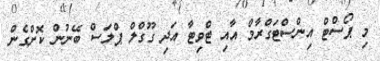
މި ޕޯސްޓް އިންސްޓަގްރާމް އާއި ޓްވިޓާ އަދި ގޫގްލް ޕްލަސް ބޭނުން ކޮށްގެން